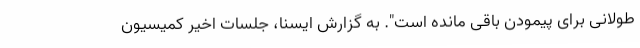
طولانی برای پیمودن باقی مانده است". به گزارش ایسنا، جلسات اخیر کمیسیون